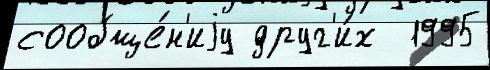
сообще́н'иjу друг'и́х  1995